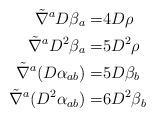
LaTeX: \begin{align*} \tilde \nabla^a D \beta_a = & 4 D \rho\\ \tilde \nabla^a D^2 \beta_a = & 5 D^2 \rho\\\tilde\nabla^a(D\alpha_{ab})= & 5D\beta_b\\\tilde\nabla^a(D^2\alpha_{ab})=& 6 D^2\beta_b\end{align*}